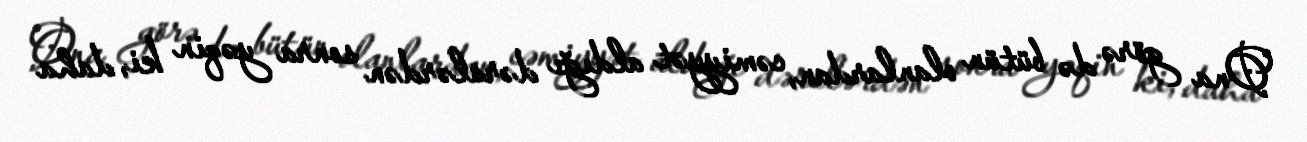
Ona görə də bütün olanlardan, cəmiyyət aldığı dərslərdən sonra yəqin ki, daha